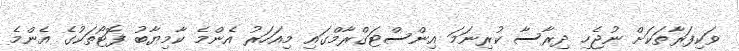
ވަކިފަރާތަކަށް ނުޖެހި ދިރާސާ ކުރިނަމަ އިންސްޓަގްރާމްގައި މިއަހަރު އެންމެ ކާމިޔާބު ފޮޓޯތަކުގެ އެންމެ